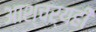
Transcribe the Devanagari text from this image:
आश्चर्यही